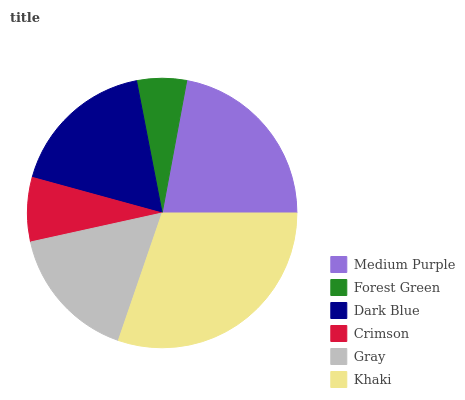
| Medium Purple | Forest Green | Dark Blue | Crimson | Gray | Khaki |
 | --- | --- | --- | --- | --- | --- |
 | 22.1% | 5.97% | 17.7% | 7.71% | 16.2% | 30.3% |